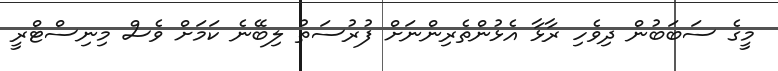
މީގެ ސަބަބުން ދިވެހި ރާޅާ އެޅުންތެރިންނަށް ފުރުސަތު ލިބޭނެ ކަމަށް ވެސް މިނިސްޓްރީ